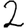
Digit: 2